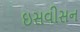
ઇસવીસન